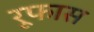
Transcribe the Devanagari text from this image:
रूफास